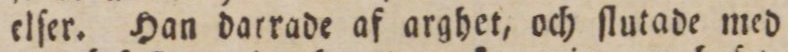
elſer. Han darrade af arghet, och ſlutade med